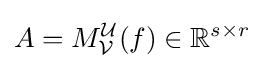
A=M_{\mathcal {V}}^{\mathcal {U}}(f)\in \mathbb {R} ^{s\times r}